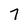
Character: 7